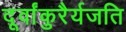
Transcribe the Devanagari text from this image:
दूर्वांकुरैर्यजति